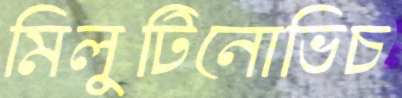
মিলুটিনোভিচ